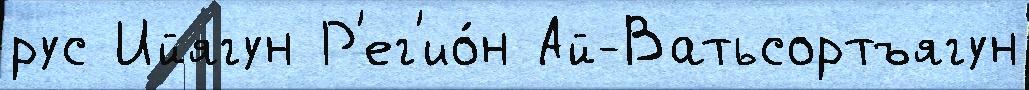
рус Ийягун Р'ег'ио́н Ай-Ватьсортъягун